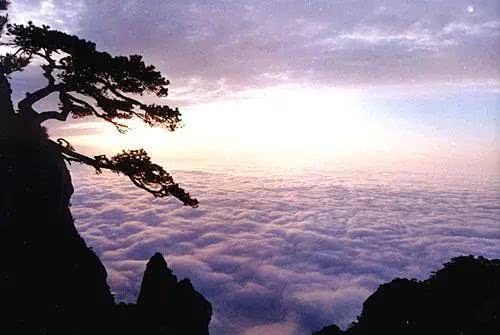
归装渐理君知否？笑指庐山古涧藤。